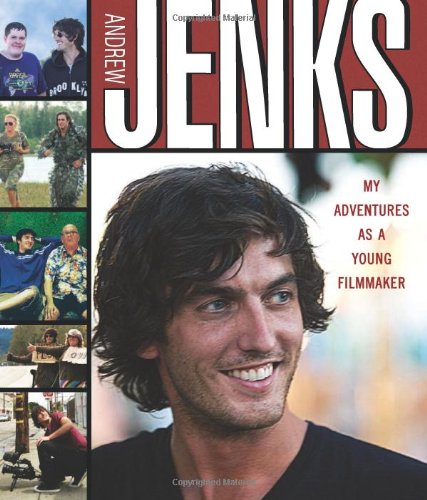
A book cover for Andrew Jenks: My Adventures As a Young Filmmaker; Andrew Jenks; Teen & Young Adult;